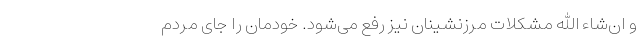
و ان‌شاء الله مشکلات مرزنشینان نیز رفع می‌شود. خودمان را جای مردم